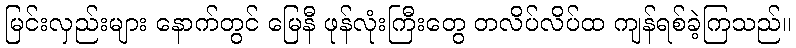
မြင်းလှည်းများ နောက်တွင် မြေနီ ဖုန်လုံးကြီးတွေ တလိပ်လိပ်ထ ကျန်ရစ်ခဲ့ကြသည်။